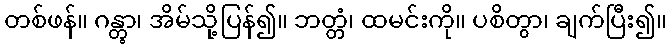
တစ်ဖန်။ ဂန္တွာ၊ အိမ်သို့ပြန်၍။ ဘတ္တံ၊ ထမင်းကို။ ပစိတွာ၊ ချက်ပြီး၍။